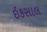
ઇકસાલ